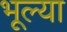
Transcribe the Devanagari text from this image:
भूल्या